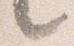
言